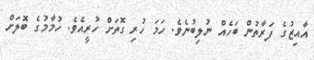
އާއިޒުގެ ފަރާތުން ބަހެއް ނުލިބުނެވެ. ހަމަ ހުރި ގޮތަށް ހުރީއެވެ. ހުމާމުގެ ބޮލަށް